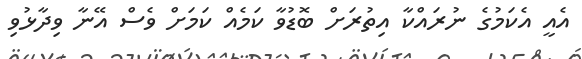
އެއީ އެކަމުގެ ނުރައްކާ އިތުރަށް ބޮޑުވާ ކަމެއް ކަމަށް ވެސް އޭނާ ވިދާޅުވި